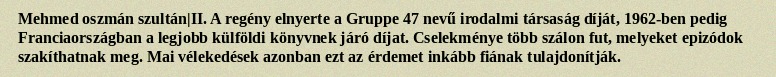
Mehmed oszmán szultán|II. A regény elnyerte a Gruppe 47 nevű irodalmi társaság díját, 1962-ben pedig Franciaországban a legjobb külföldi könyvnek járó díjat. Cselekménye több szálon fut, melyeket epizódok szakíthatnak meg. Mai vélekedések azonban ezt az érdemet inkább fiának tulajdonítják.